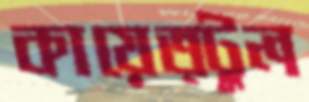
কায়েত্টুল